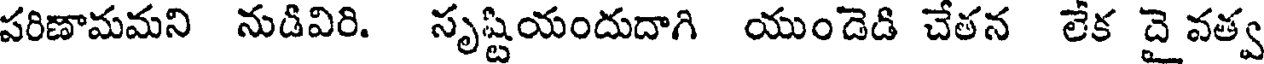
పరిణామమని నుడివిరి. సృష్టియందుదాగి యుండెడి చేతన లేక దై వత్వ